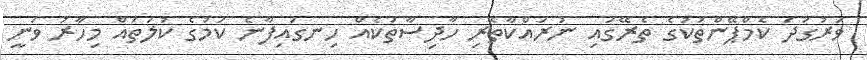
ވަރުގަދަ ކެމްޕޭންތަކުގެ ތެރޭގައި ނުރައްކާތެރި ހާދިސާތަކެއް ހިނގައިފާނެ ކަމުގެ ކުލަތައް މިހާރު ވަނީ